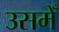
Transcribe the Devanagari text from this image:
उसमेँ